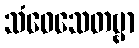
သံဝေသေတဗ္ဗာ